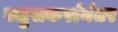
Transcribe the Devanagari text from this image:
पलुसकरांनंतर